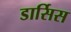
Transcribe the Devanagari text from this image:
डार्सिस